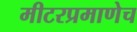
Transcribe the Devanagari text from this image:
मीटरप्रमाणेच